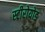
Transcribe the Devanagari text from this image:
स्टीरोयोड